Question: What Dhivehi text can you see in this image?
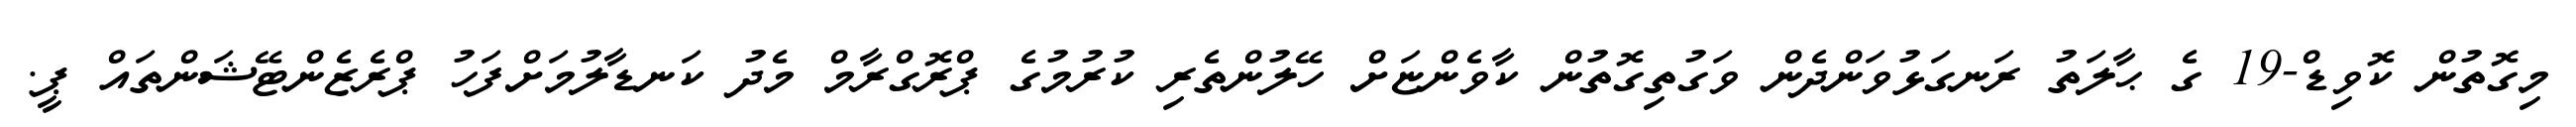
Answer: މިގޮތުން ކޮވިޑް-19 ގެ ޙާލަތު ރަނގަޅުވަންދެން ވަގުތިގޮތުން ކާވެންޏަށް ހޭލުންތެރި ކުރުމުގެ ޕްރޮގްރާމް މެދު ކަނޑާލުމަށްފަހު ޕްރެޒެންޓޭޝަންތައް ޕީ.